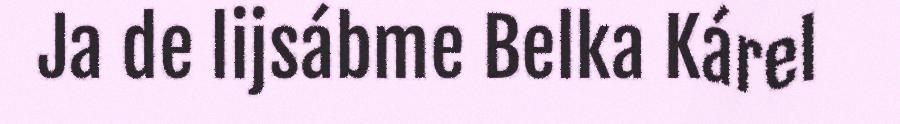
Ja de lijsábme Belka Kárel